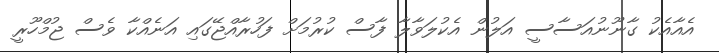
އެއާއެކު ގާނޫނުއަސާސީ އަލުން އެކުލަވާލާ ފާސް ކުރުމަށް ފަހުރާއްޖޭގައި އަނެއްކާ ވެސް ޖުމްހޫރީ